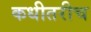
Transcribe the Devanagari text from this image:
कधीतरीच